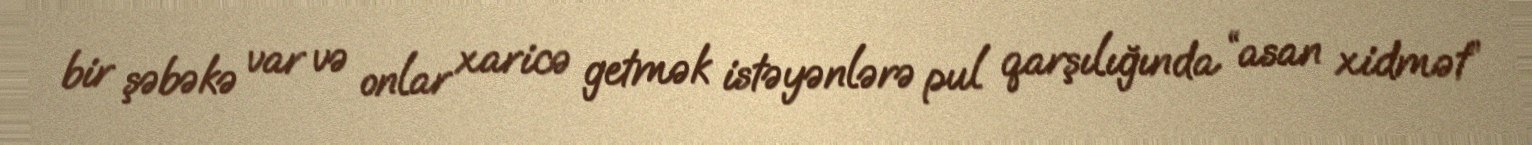
bir şəbəkə var və onlar xaricə getmək istəyənlərə pul qarşılığında “asan xidmət”